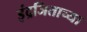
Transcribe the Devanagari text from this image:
इंद्रजिताच्या